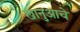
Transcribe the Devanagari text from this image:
खानुआचे